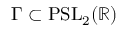
\Gamma \subset \mathrm { P S L } _ { 2 } ( \mathbb { R } )